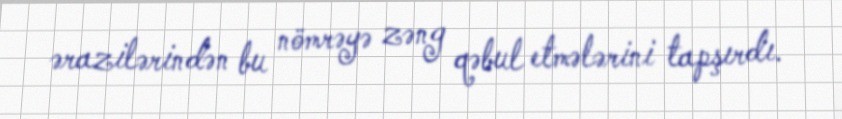
ərazilərindən bu nömrəyə zəng qəbul etmələrini tapşırdı.